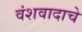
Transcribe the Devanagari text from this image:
वंशवादाचे